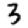
Digit: 3